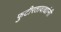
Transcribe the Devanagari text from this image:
फुटीरतावाद्यांनी